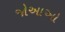
જોઆઓ